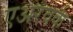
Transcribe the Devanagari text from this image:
एअरवर्क